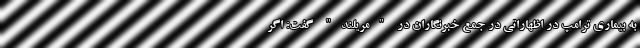
به بیماری ترامپ در اظهاراتی در جمع خبرنگاران در "مریلند" گفت: اگر